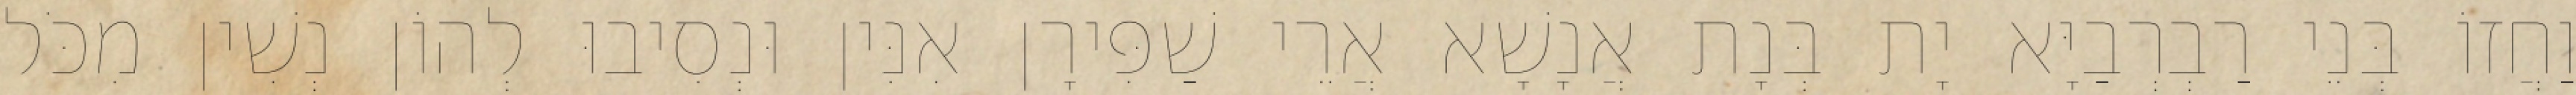
וַחֲזוֹ בְּנֵי רַבְרְבַיָּא יָת בְּנָת אֲנָשָׁא אֲרֵי שַׁפִּירָן אִנִּין וּנְסִיבוּ לְהוֹן נְשִׁין מִכֹּל